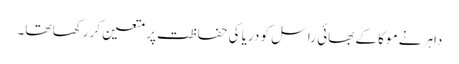
داہر نے موکا کے بھائی راسل کو دریا کی حفاظت پر متعین کر رکھا تھا۔